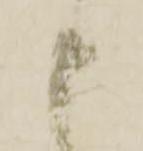
申